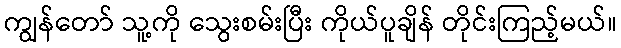
ကျွန်တော် သူ့ကို သွေးစမ်းပြီး ကိုယ်ပူချိန် တိုင်းကြည့်မယ်။